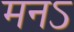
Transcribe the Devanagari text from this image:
मनऽ